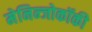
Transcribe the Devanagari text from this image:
मेनिन्जोकॉकी